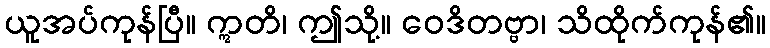
ယူအပ်ကုန်ပြီ။ ဣတိ၊ ဤသို့။ ဝေဒိတဗ္ဗာ၊ သိထိုက်ကုန်၏။